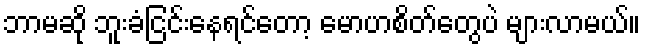
ဘာမဆို ဘူးခံငြင်းနေရင်တော့ မောဟစိတ်တွေပဲ များလာမယ်။